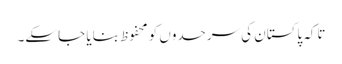
تاکہ پاکستان کی سرحدوں کو محفوظ بنایا جا سکے۔